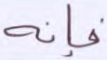
فإنه